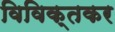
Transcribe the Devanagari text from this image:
विविक्तकर